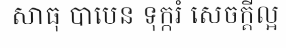
សាធុ បាបេន ទុក្ករំ សេចក្តីល្អ